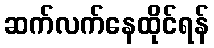
ဆက်လက်နေထိုင်ရန်